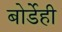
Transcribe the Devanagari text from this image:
बोर्डेही